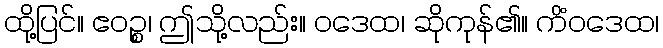
ထို့ပြင်။ ဧဝဉ္စ၊ ဤသို့လည်း။ ဝဒေထ၊ ဆိုကုန်၏။ ကိံဝဒေထ၊